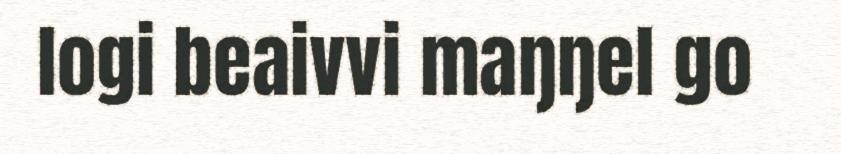
logi beaivvi maŋŋel go